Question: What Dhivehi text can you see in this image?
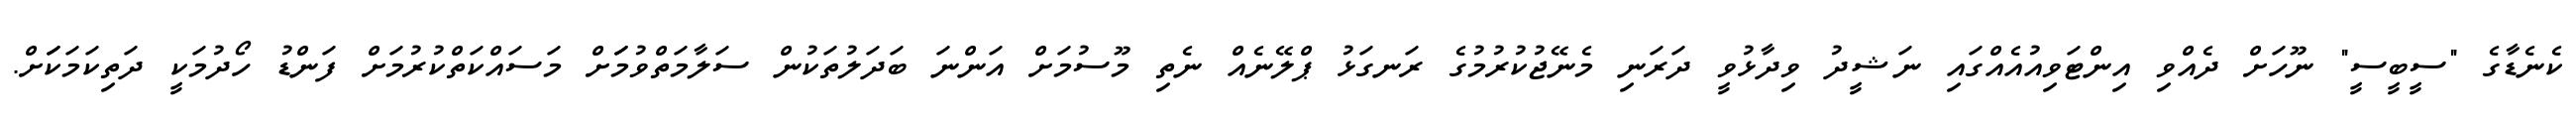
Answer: ކެނެޑާގެ "ސީބީސީ" ނޫހަށް ދެއްވި އިންޓަވިއުއެއްގައި ނަޝީދު ވިދާޅުވީ ދަރަނި މެނޭޖުކުރުމުގެ ރަނގަޅު ޕްލޭނެއް ނެތި މޫސުމަށް އަންނަ ބަދަލުތަކުން ސަލާމަތްވުމަަށް މަސައްކަތްކުރުމަށް ފަންޑު ހޯދުމަކީ ދަތިކަމަކަަށް.